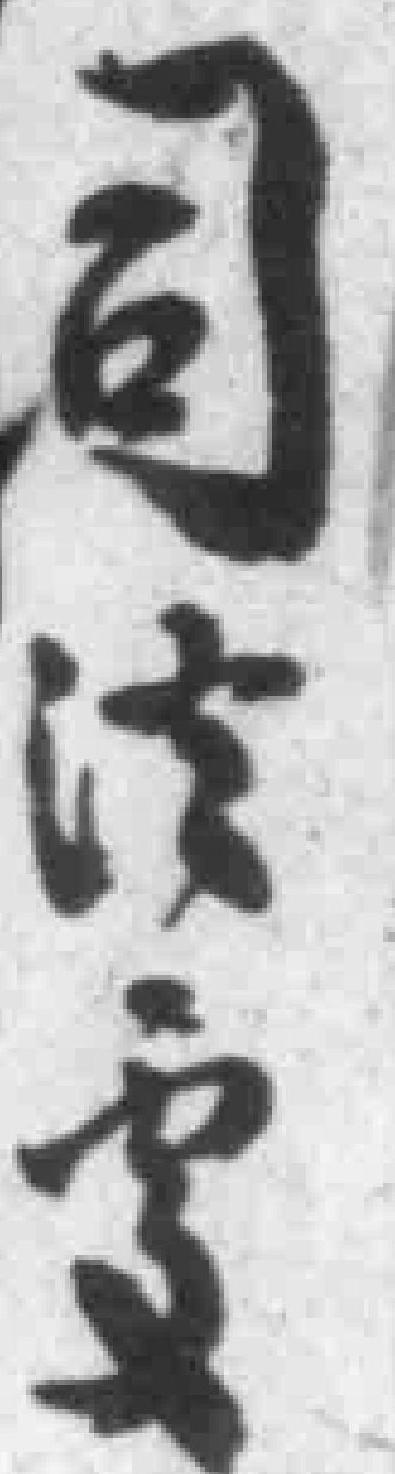
司法處